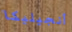
أنجيليكا